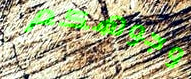
وجوهكم